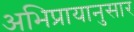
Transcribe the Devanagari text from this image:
अभिप्रायानुसार